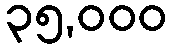
၃၅,၀၀၀